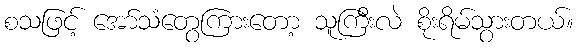
စသဖြင့် အော်သံတွေကြားတော့ သူကြီးလဲ စိုးရိမ်သွားတယ်။